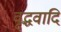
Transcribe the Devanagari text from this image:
वृद्धवादि